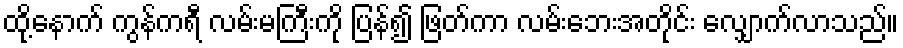
ထို့နောက် ကွန်ကရီ လမ်းမကြီးကို ပြန်၍ ဖြတ်ကာ လမ်းဘေးအတိုင်း လျှောက်လာသည်။